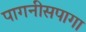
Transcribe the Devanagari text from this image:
पागनीसपागा